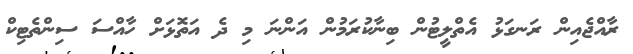
ރާއްޖެއިން ރަނގަޅު އެތްލީޓުން ބިނާކުރަމުން އަންނަ މި ދެ އަތޮޅަށް ހާއްސަ ސިންތެޓިކް